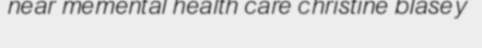
near memental health care christine blasey